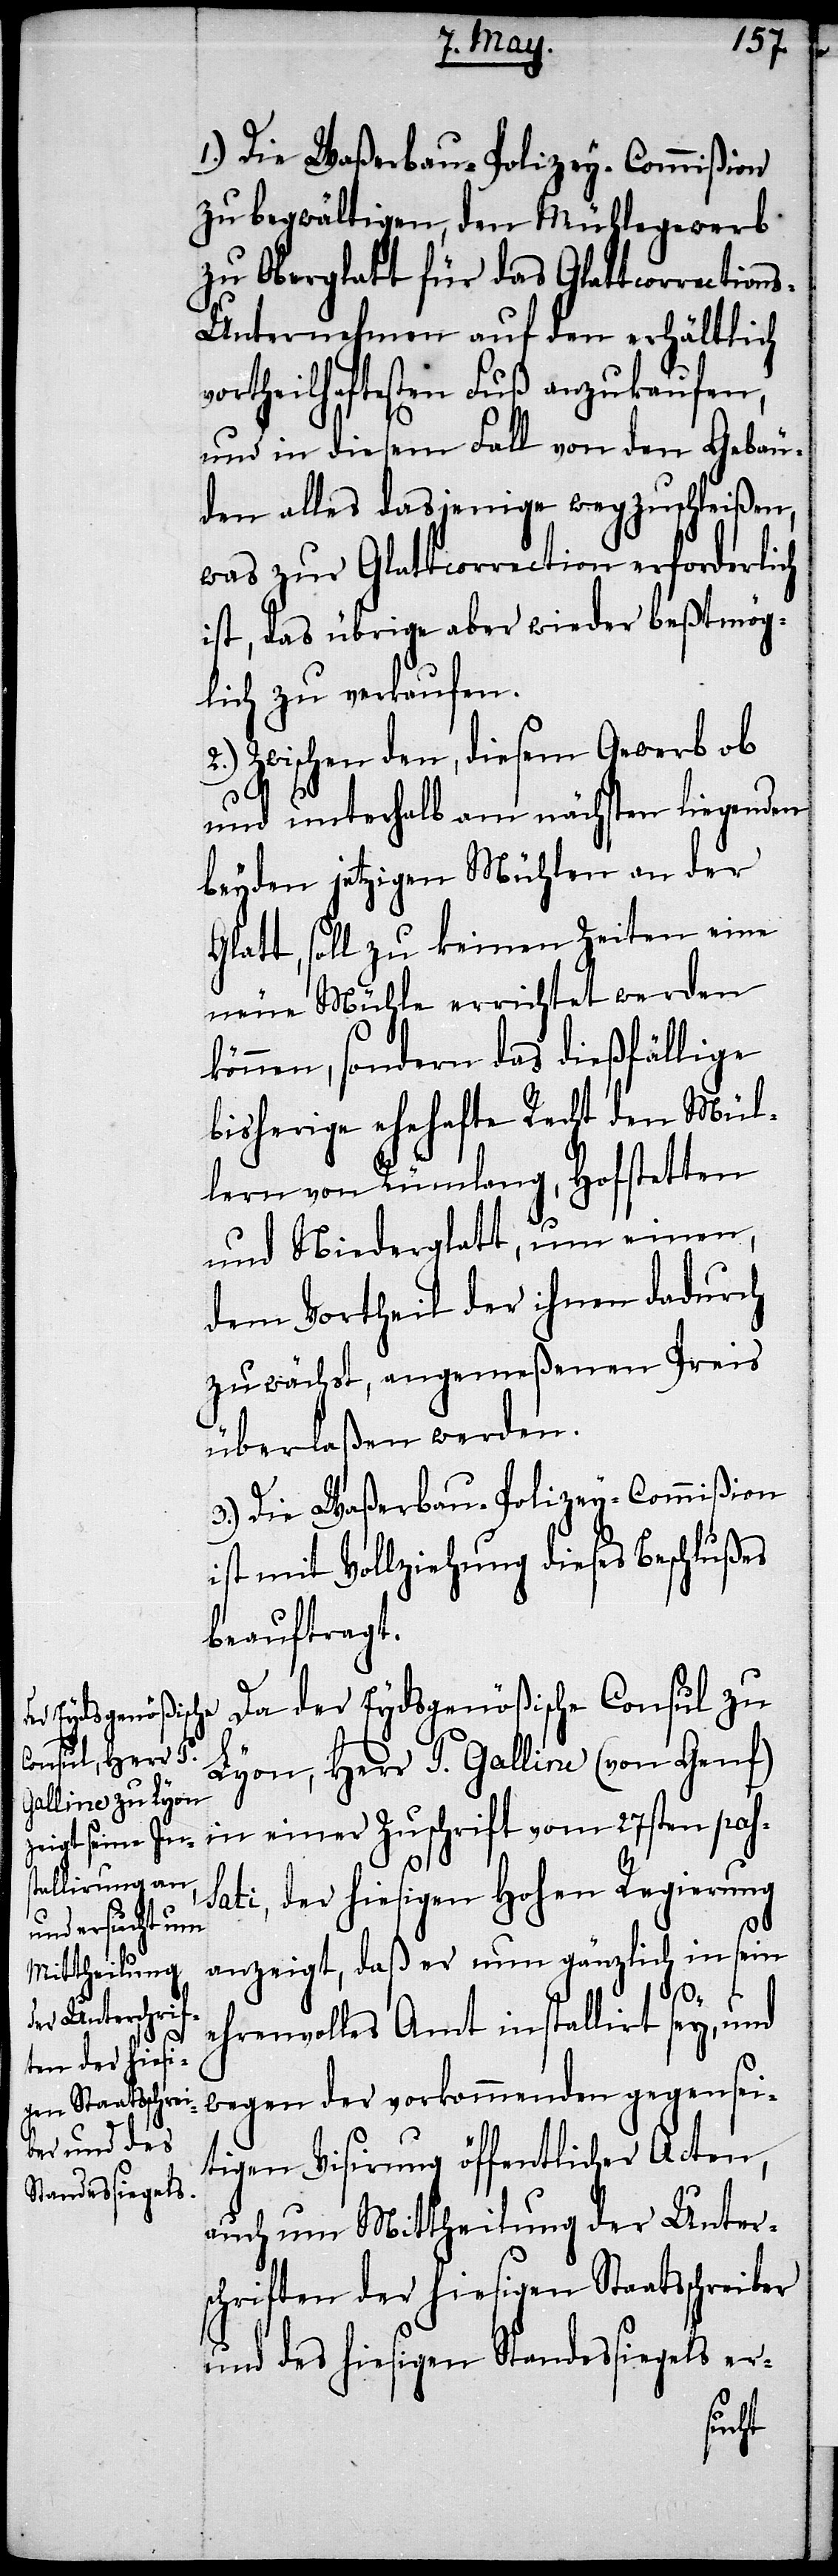
1.) Die Waßerbau-Polizey-Commißion
zu begwältigen, den Mühlegewerb
zu Oberglatt für das Glattcorrection¬
s-Unternehmen auf den erhältlich
vortheilhaftesten Fuß anzukaufen,
und in diesem Fall von den Gebäu¬
den alles dasjenige wegzuschleißen,
was zur Glattcorrection erforderlich
ist, das übrige aber wieder beßtmög¬
lich zu verkaufen.
Zwischen den, diesem Gewerb ob
und unterhalb am nächsten liegenden
beyden jetztigen Mühlen an der
Glatt, soll zu keinen Zeiten eine
neue Mühle errichtet werden
können, sondern das dießfällige
bisherige ehehafte Recht den Mül¬
lern von Rümlang, Hofstetten
und Niederglatt, um einen,
dem Vortheil der ihnen dadurch
zuwächst, angemeßenen Preis
überlaßen werden.
3.) Die Waßerbau-Polizey-Commißion
ist mit Vollziehung dieses Beschlußes
beauftragt.
Da der Eydsgenößische Consul zu
Lyon, Herr T. Galline (von Genf)
in einer Zuschrift vom 27sten pas¬
sati, der hiesigen Hohen Regierung
anzeigt, daß er nun gänzlich in sein
ehrenvolles Amt installirt sey, und
wegen der vorkommenden gegensei¬
tigen Visirung öffentlicher Acten,
auch um Mittheilung der Unter¬
schriften der hiesigen Staatsschreiber
und des hiesigen Standessiegels er-